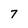
Character: 7